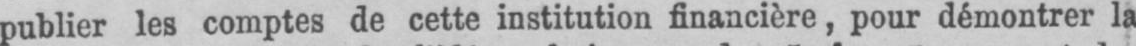
publier les comptes de cette institution financière, pour démontrer la